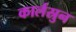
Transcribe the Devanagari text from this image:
कार्लस्रुन